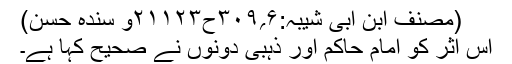
(مصنف ابن ابی شیبہ:۶؍۳۰۹ح۲۱۱۲۳و سندہ حسن)
اس اثر کو امام حاکم اور ذہبی دونوں نے صحیح کہا ہے۔